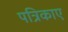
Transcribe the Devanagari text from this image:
पत्रिकाए